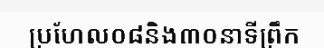
ប្រហែល០៨និង៣០នាទីព្រឹក